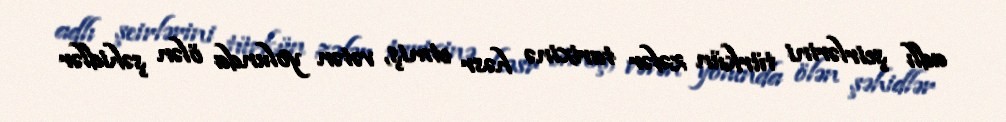
adlı şeirlərini türkün zəfər tarixinə həsr etmiş, vətən yolunda ölən şəhidlər